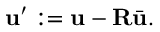
\mathbf { u } ^ { \prime } : = \mathbf { u } - \mathbf { R } \bar { \mathbf { u } } .